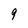
Character: 9